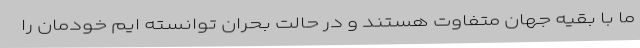
ما با بقیه جهان متفاوت هستند و در حالت بحران توانسته ایم خودمان را